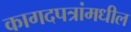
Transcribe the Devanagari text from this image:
कागदपत्रांमधील